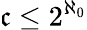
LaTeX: {\mathfrak{c}}\leq 2^{\aleph_{0}}